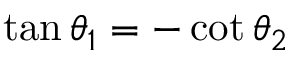
\tan \theta _ { 1 } = - \cot \theta _ { 2 }